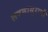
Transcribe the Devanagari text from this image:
लवणासुराची